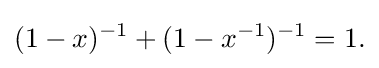
\displaystyle {(1-x)^{-1}+(1-x^{-1})^{-1}=1.}